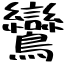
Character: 鸞